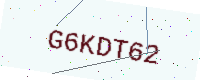
Text: G6KDT62